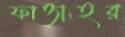
ফাত্তাহর